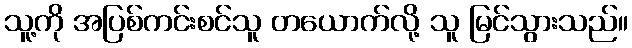
သူ့ကို အပြစ်ကင်းစင်သူ တယောက်လို့ သူ မြင်သွားသည်။